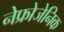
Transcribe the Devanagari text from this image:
नेफ्रोजेनिक